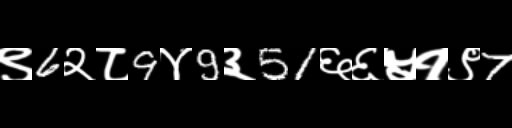
Text: ९6२८9४9३51६६५१९7